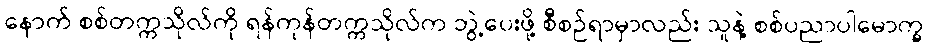
နောက် စစ်တက္ကသိုလ်ကို ရန်ကုန်တက္ကသိုလ်က ဘွဲ့ပေးဖို့ စီစဉ်ရာမှာလည်း သူနဲ့ စစ်ပညာပါမောက္ခ